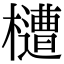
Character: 㯾